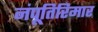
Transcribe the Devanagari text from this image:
नंपूतिरिमार